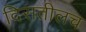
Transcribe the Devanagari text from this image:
दिसतीलच